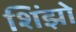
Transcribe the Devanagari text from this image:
शिंझो